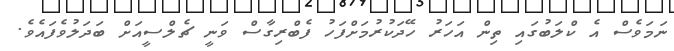
ނަމަވެސް އެ ކްލަބުގައި ތިން އަހަރު ހޭދަކުރުމަށްފަހު ފެބްރިގާސް ވަނީ ޗެލްސީއަށް ބަދަލުވެފައެވެ.